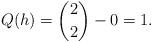
LaTeX: \begin{align*} Q(h) = \binom{2}{2} - 0 = 1. \end{align*}